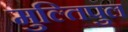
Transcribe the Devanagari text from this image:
मुल्तिपुल